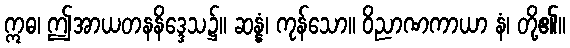
ဣဓ၊ ဤအာယတနနိဒ္ဒေသ၌။ ဆန္နံ၊ ကုန်သော။ ဝိညာဏကာယာ နံ၊ တို့၏။